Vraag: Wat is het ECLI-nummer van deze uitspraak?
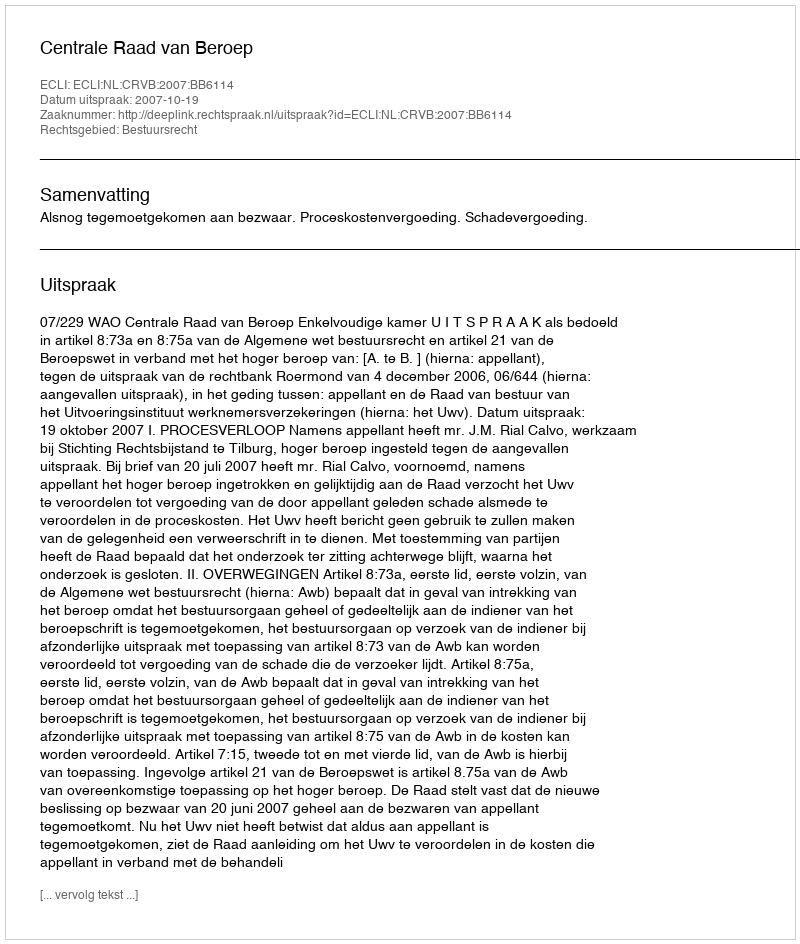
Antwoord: ECLI:NL:CRVB:2007:BB6114